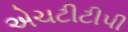
એચટીટીપી